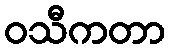
ဝသီကတာ